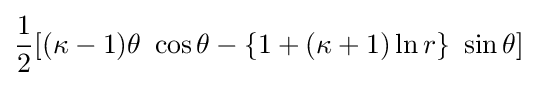
{\frac {1}{2}}[(\kappa -1)\theta ~\cos \theta -\{1+(\kappa +1)\ln r\}~\sin \theta ]